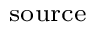
_ \mathrm { s o u r c e }